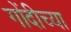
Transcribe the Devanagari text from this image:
गोंदीच्या